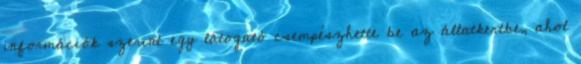
információk szerint egy látogató csempészhette be az állatkertbe, ahol